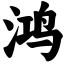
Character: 鸿